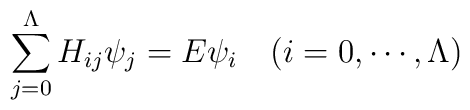
\sum_{j=0}^{\Lambda}H_{ij}\psi_{j}=E\psi_{i} \quad	(i=0,\cdots,\Lambda)